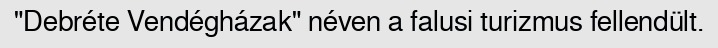
"Debréte Vendégházak" néven a falusi turizmus fellendült.